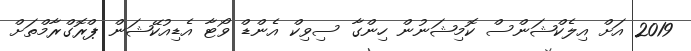
2019 އަށް އިލެކްޝަންސް ކޮމިޝަނުން ހިންގާ ސިވިކް އެންޑް ވޯޓާ އެޑިއުކޭޝަން ޕްރޮގްރާމްތަށް